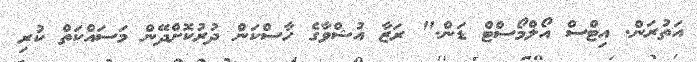
އަތުރަން. އިޓްސް އޯލްމޯސްޓް ޑަން." ރަޒާ އުޝްވާގެ ހާސްކަން ދުރުކޮށްދޭން މަސައްކަތް ކުރި